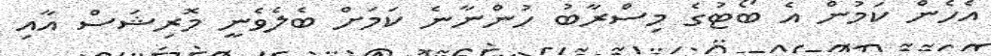
އެހެން ކަމުން އެ ބޯޓުގެ މިސްރާބު ހުންނާނެ ކަމަށް ބެލެވެނީ މޮރިޝަސް އާއި